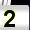
Digit: 2